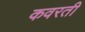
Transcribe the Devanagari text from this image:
कवरती